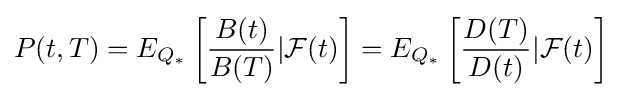
P(t,T)=E_{Q_{*}}\left[{\frac {B(t)}{B(T)}}|{\mathcal {F}}(t)\right]=E_{Q_{*}}\left[{\frac {D(T)}{D(t)}}|{\mathcal {F}}(t)\right]